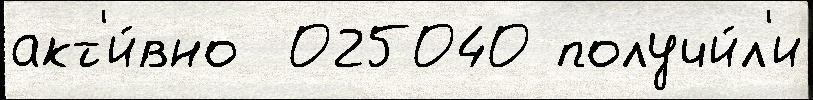
акт'и́вно  025040 получи́л'и